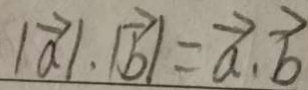
\vert \overrightarrow { a } \vert \cdot \vert \overrightarrow { b } \vert = \overrightarrow { a } \cdot \overrightarrow { b }